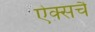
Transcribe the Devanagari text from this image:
ऐक्सचै